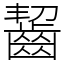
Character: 齧